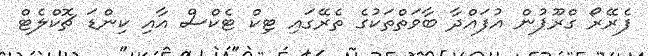
ފެރޭރޯ ގްރޫޕުން އުފައްދާ ބާވަތްތަކުގެ ތެރޭގައި ޓިކް ޓެކްސް އާއި ކިންޑަ ޗޮކްލެޓް